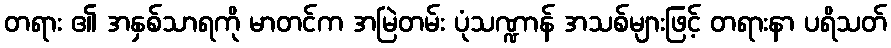
တရား ၏ အနှစ်သာရကို မာတင်က အမြဲတမ်း ပုံသဏ္ဍာန် အသစ်များဖြင့် တရားနာ ပရိသတ်